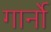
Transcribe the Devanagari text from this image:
गार्नो